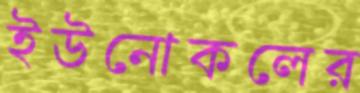
ইউনোকলের